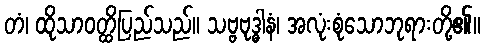
တံ၊ ထိုသာဝတ္ထိပြည်သည်။ သဗ္ဗဗုဒ္ဓါနံ၊ အလုံးစုံသောဘုရားတို့၏။